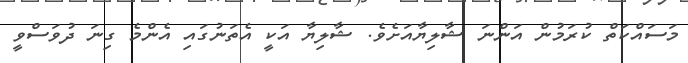
މަސައްކަތް ކުރަމުން އަންނަ ޝާލިޔާއަށެވެ. ޝާލިޔާ އަކީ އެތަނުގައި އެންމެ ގިނަ ދުވަސްވީ